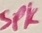
Text: SPK